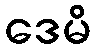
ဒေမိ